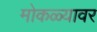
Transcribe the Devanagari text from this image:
मोकळ्यावर